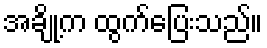
အချို့က ထွက်ပြေးသည်။